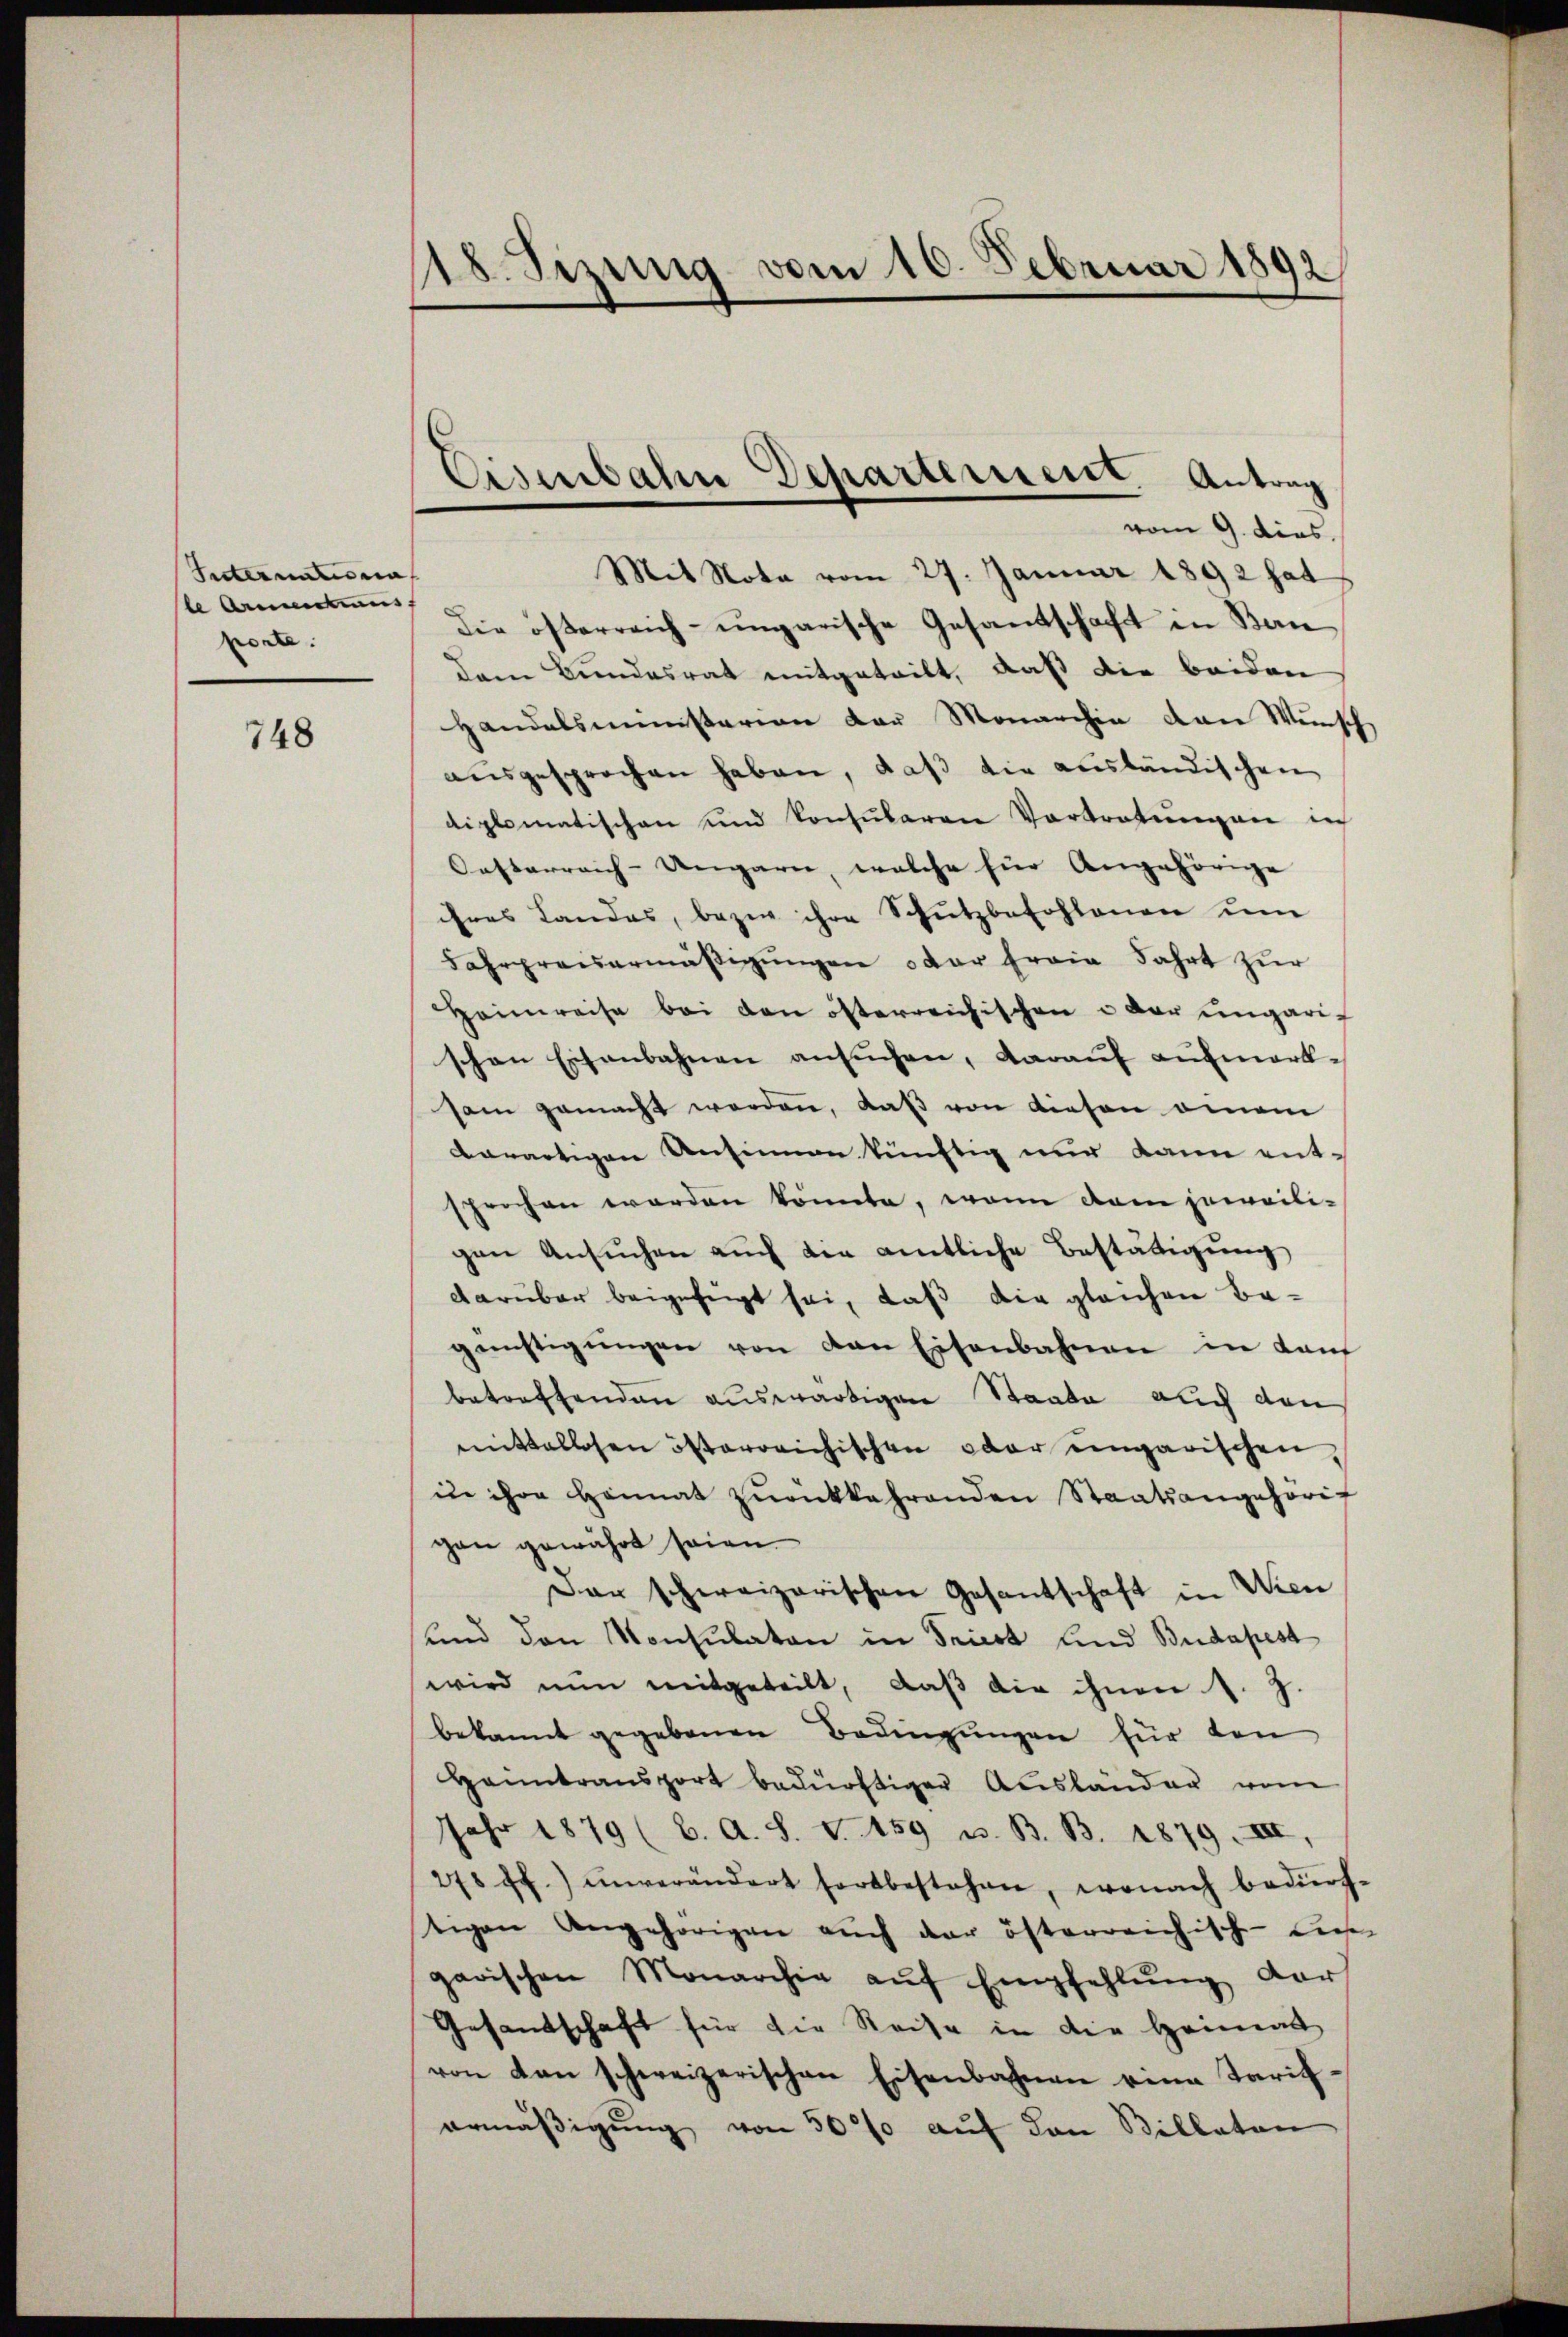
Internationa
le Armenaus,
porte.

748

118. Sizung vom 10. Februar 1892

Eisenbahn Departement. Antrag
vom 9. dies.

Mit Nota vom 27. Januar 1892 hat
die österreich-ungarische Gesandschaft in Ban
dem Bundesrat mitgeteilt, daß die beiden
Handelsministerien der Monarchia von Wunsch
ausgesprochen haben, daß die ausländischen
diplomatischen und konsularen Vortretungen in
Oesterreich-Ungarn, welche für Angehörige
ihres Landes, bezi ihre Schutzbefohlenen ŭm
Fahrpreisermäβigŭngen oder frain Fahrt zur
Heimreise bei den österreichischen u der ungarischen Eisenbahnen ansuchen, darauf aufmerk-
sam gemacht werden, daβ von diesen omnem
derartigen Ansinnen künftig nur kann ent-
sprochen werden könnte, wenn dem jeweili-
gen Ansuchen auch der amtliche Bestätigung
darüber beigefügt sei, daß die gleichen Be-
günstigŭngen von den Eisenbahnen in Kan
betreffenden auswärtigen Staate auch den
mittellosen österreichischen oder ungarischen,
in ihre Heimat zŭrückkehrenden Staatsangehörig
gen gewährt seien.
Dar schweizerischen Gesantschaft in Wien
und den Konsulaten in Triest und Budapest
wird nun mitgeteilt, daβ die ihnen 1. J.
bekannt gegebenen Bedingŭngen für den
Honntransport bedürftiger Aŭsländer vom
Jahr 1879 (6. A. S. V. 459 u. B. B. 1879. III,
278 ff.) unverändert fortbestehen, wonach bedürf-
tigen Angehörigen auch der österreichische dies
garischen Monarchia aŭf Empfehlŭng darf
Gesandschaft für die Reise in die Heimat
von den schweizerischen Eisenbahnen eine Tarif-
ermäβigŭng von 50% auf den Billaten